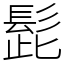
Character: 髭